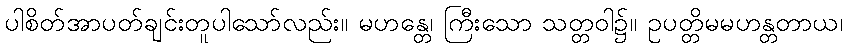
ပါစိတ်အာပတ်ချင်းတူပါသော်လည်း။ မဟန္တေ၊ ကြီးသော သတ္တဝါ၌။ ဥပတ္တိမမဟန္တတာယ၊